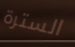
السترة